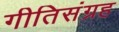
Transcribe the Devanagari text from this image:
गीतिसंग्रह